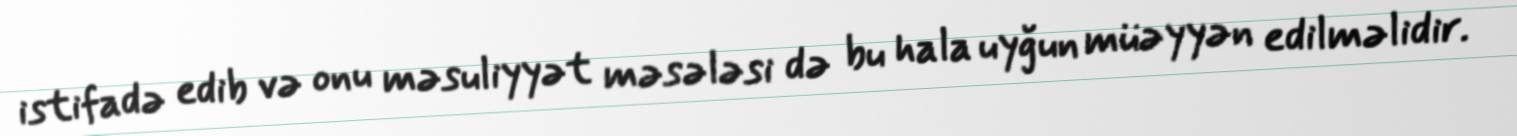
istifadə edib və onu məsuliyyət məsələsi də bu hala uyğun müəyyən edilməlidir.